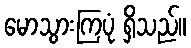
မောသွားကြပုံ ရှိသည်။